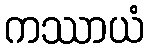
ကဿာယံ